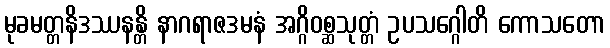
မုခမတ္တနိဒဿနန္တိ နာဂရာဇဒမနံ အဂ္ဂိဝစ္ဆသုတ္တံ ဥပသဂ္ဂေါတိ ကောသတော